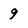
Character: 9